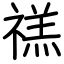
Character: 禚